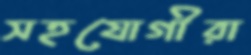
সহযোগীরা